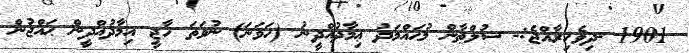
1901 -ދިވެހިރާއްޖެ:- ސުލްޠާން މުޙައްމަދު ޢިމާދުއްދީނު (ހަވަނަ) ނުވަތަ ހާޖީ އިމާދުއްދީން ޙައްޖުން